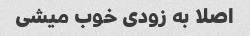
اصلا به زودی خوب میشی